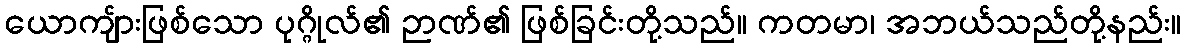
ယောကျ်ားဖြစ်သော ပုဂ္ဂိုလ်၏ ဉာဏ်၏ ဖြစ်ခြင်းတို့သည်။ ကတမာ၊ အဘယ်သည်တို့နည်း။